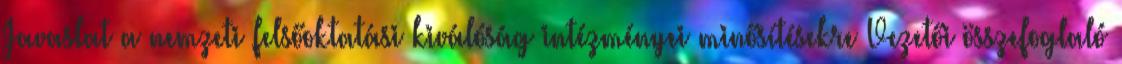
Javaslat a nemzeti felsőoktatási kiválóság intézményei minősítésekre Vezetői összefoglaló